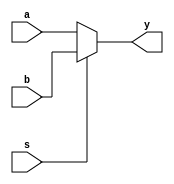
module mux2to1(output reg y, input s,b,a);
    always @(*)
        y = (s) ? b : a;
endmodule